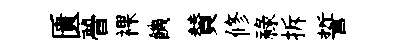
匱瞢裸饑賛修祿拆誓